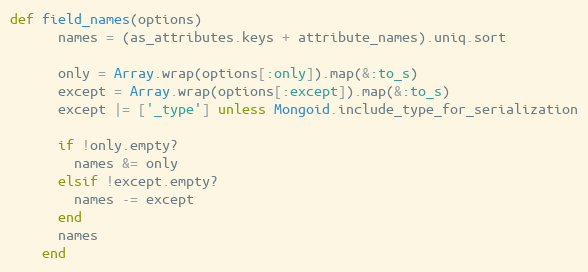
Language: Ruby
def field_names(options)
      names = (as_attributes.keys + attribute_names).uniq.sort

      only = Array.wrap(options[:only]).map(&:to_s)
      except = Array.wrap(options[:except]).map(&:to_s)
      except |= ['_type'] unless Mongoid.include_type_for_serialization

      if !only.empty?
        names &= only
      elsif !except.empty?
        names -= except
      end
      names
    end